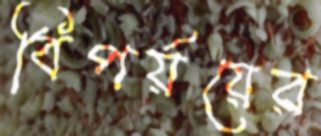
বিপর্য়য়ের